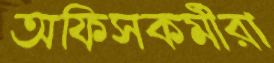
অফিসকর্মীরা